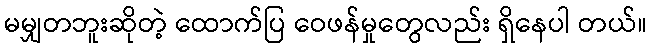
မမျှတဘူးဆိုတဲ့ ထောက်ပြ ဝေဖန်မှုတွေလည်း ရှိနေပါ တယ်။